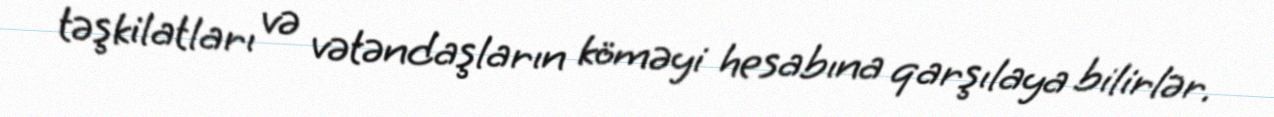
təşkilatları və vətəndaşların köməyi hesabına qarşılaya bilirlər.